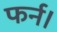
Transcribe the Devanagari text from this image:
फर्न।